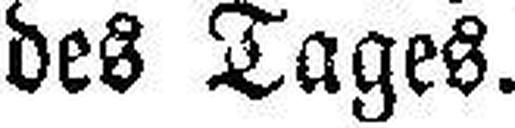
des Tages.